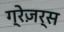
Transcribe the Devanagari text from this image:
ग्रेज़र्स